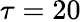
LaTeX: \tau=20